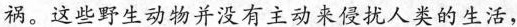
祸。这些野生动物并没有主动来侵扰人类的生活，